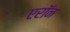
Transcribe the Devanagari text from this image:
एराॅन